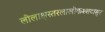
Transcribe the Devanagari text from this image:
लीलाक्षस्तरलालोकश्शटासुर